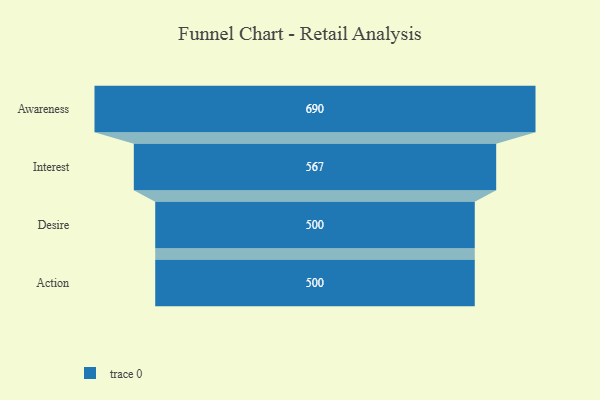
{"axis": {"x": "Stage", "y": "Value"}, "legend": [""], "data": [{"x": "Awareness", "y": 690.0, "type": ""}, {"x": "Interest", "y": 567.0, "type": ""}, {"x": "Desire", "y": 500, "type": ""}, {"x": "Action", "y": 500, "type": ""}]}